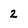
Character: 2